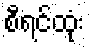
စီရင်ထုံး